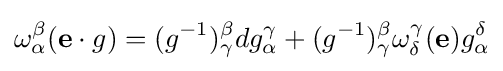
\omega _{\alpha }^{\beta }(\mathbf {e} \cdot g)=(g^{-1})_{\gamma }^{\beta }dg_{\alpha }^{\gamma }+(g^{-1})_{\gamma }^{\beta }\omega _{\delta }^{\gamma }(\mathbf {e} )g_{\alpha }^{\delta }